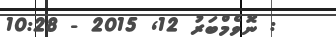
: ނޮވެމްބަރު 12